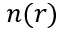
n ( r )